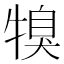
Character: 𤚯